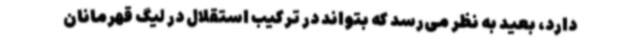
دارد،‌ بعید به نظر می‌رسد که بتواند در ترکیب استقلال در لیگ قهرمانان